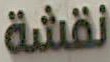
نقشة